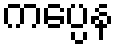
ကပ္ပေန